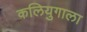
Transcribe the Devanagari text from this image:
कलियुगाला